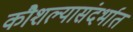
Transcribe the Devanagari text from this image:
कौशल्यासंदर्भात